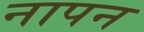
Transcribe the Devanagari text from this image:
नापन